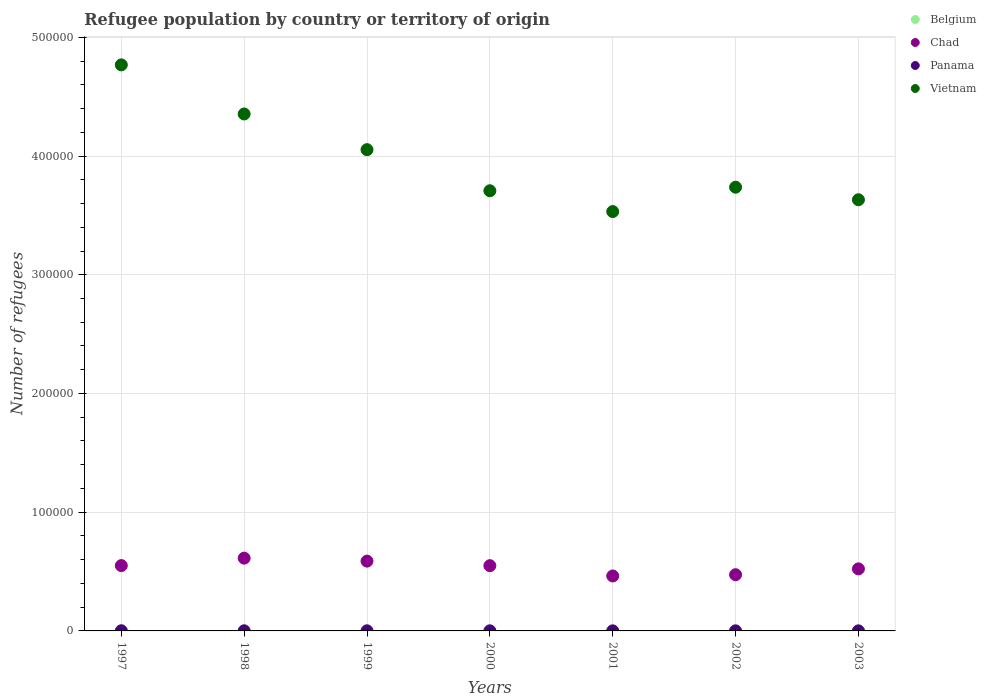
| Years | Belgium | Chad | Panama | Vietnam |
 | --- | --- | --- | --- | --- |
 | 1997 | 10 | 5.5e+04 | 122 | 4.77e+05 |
 | 1998 | 14 | 6.13e+04 | 85 | 4.35e+05 |
 | 1999 | 16 | 5.88e+04 | 72 | 4.05e+05 |
 | 2000 | 19 | 5.5e+04 | 67 | 3.71e+05 |
 | 2001 | 13 | 4.63e+04 | 37 | 3.53e+05 |
 | 2002 | 27 | 4.73e+04 | 44 | 3.74e+05 |
 | 2003 | 40 | 5.23e+04 | 30 | 3.63e+05 |